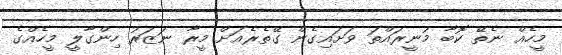
މީހެއް ނެތޭ ކޮބާ މުނީރައްތަ ވަށައިގެން ގޭތެރެއަށް މީރާ ނަޒަރު ހިންގާލީ މީހެއްގެ